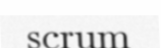
scrum